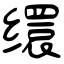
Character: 缳